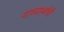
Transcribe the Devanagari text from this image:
वाच्यार्थाची